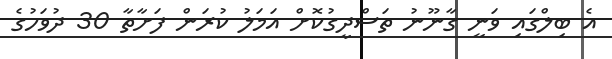
އެ ބިލްގައި ވަނީ ގާނޫނު ތަސްދީގުކޮށް އަމަލު ކުރަން ފަށާތާ 30 ދުވަހުގެ